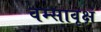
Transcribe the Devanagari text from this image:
वम्सावृक्षं